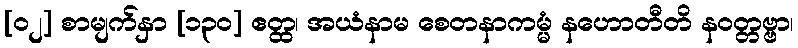
[၀၂] စာမျက်နှာ [၁၃၀] ဧတ္ထ၊ အယံနာမ စေတနာကမ္မံ နဟောတီတိ နဝတ္တဗ္ဗာ၊